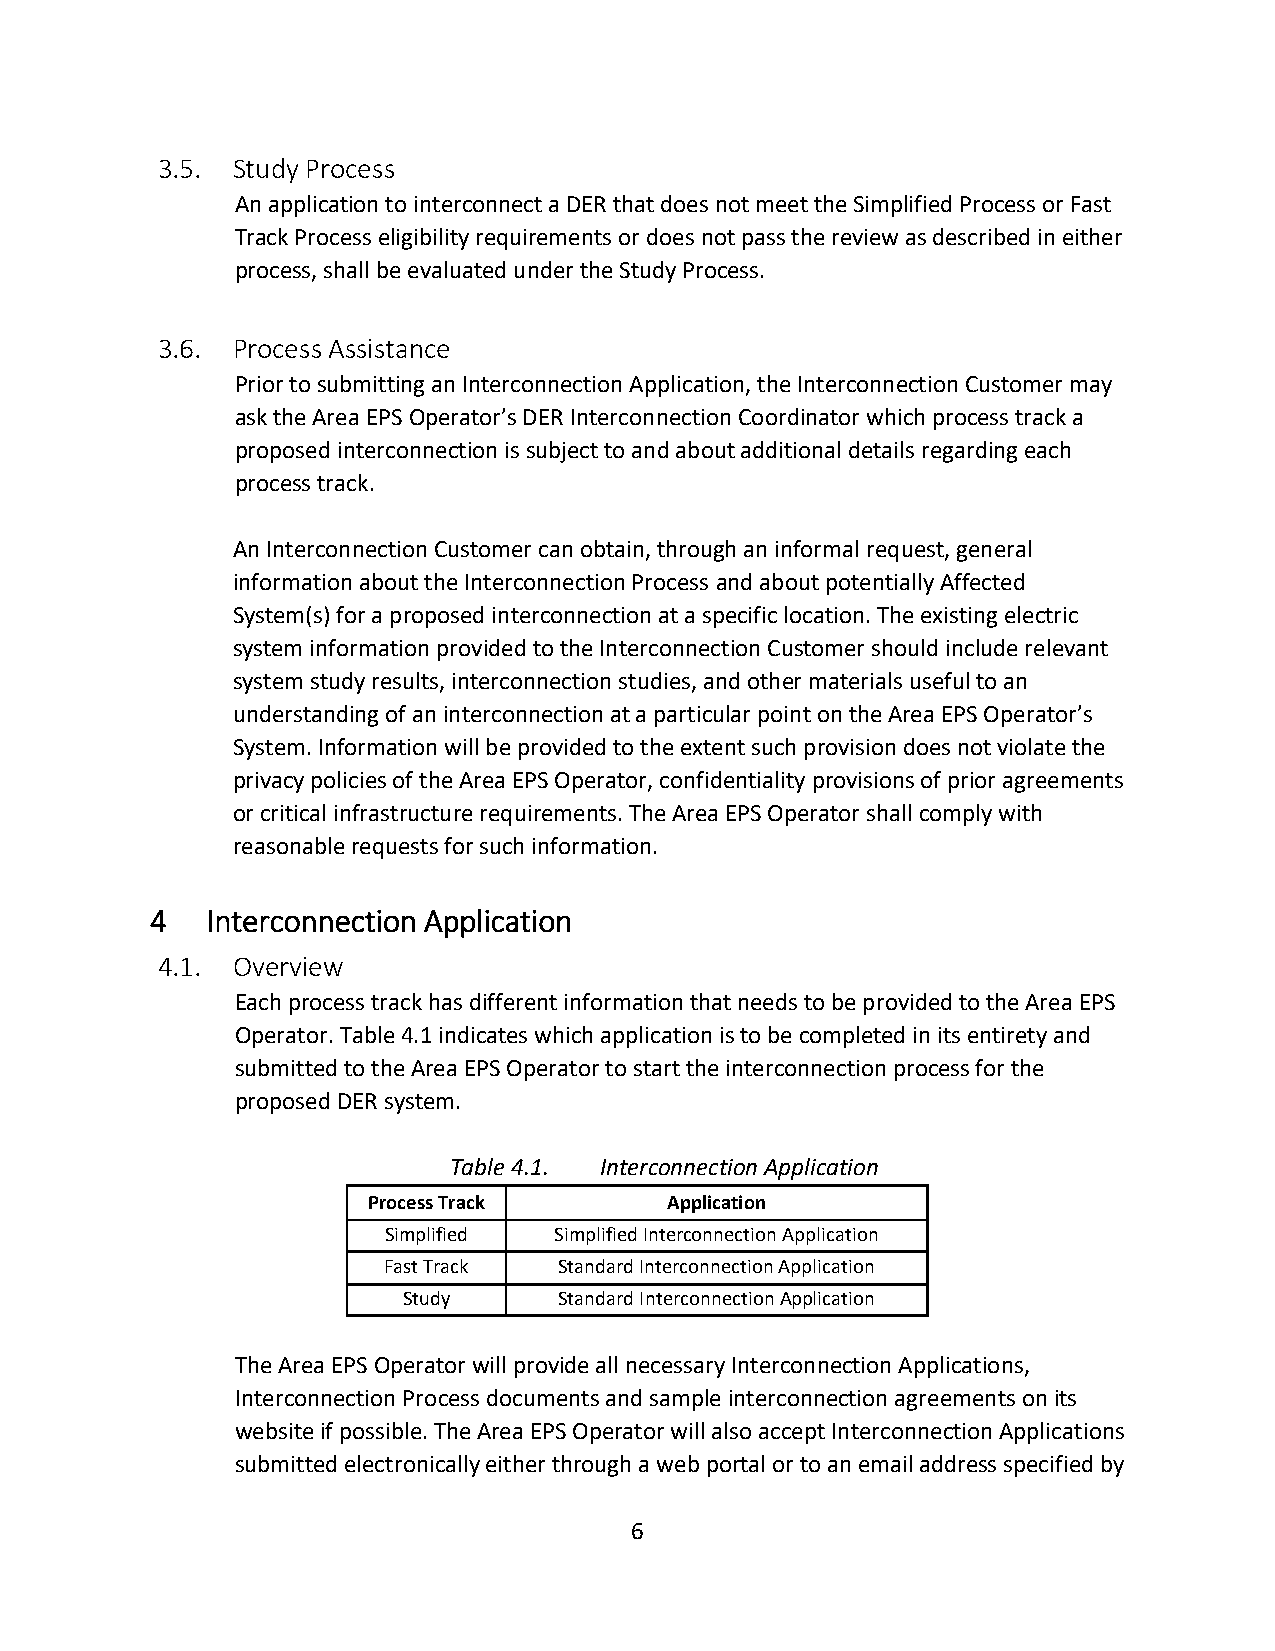
3.5. Study Process
 An application to interconnect a DER that does not meet the Simplified Process or Fast
 Track Process eligibility requirements or does not pass the review as described in either
 process, shall be evaluated under the Study Process.
 3.6. Process Assistance
 Prior to submitting an Interconnection Application, the Interconnection Customer may
 ask the Area EPS Operator’s DER Interconnection Coordinator which process track a
 proposed interconnection is subject to and about additional details regarding each
 process track.
 An Interconnection Customer can obtain, through an informal request, general
 information about the Interconnection Process and about potentially Affected
 System(s) for a proposed interconnection at a specific location. The existing electric
 system information provided to the Interconnection Customer should include relevant
 system study results, interconnection studies, and other materials useful to an
 understanding of an interconnection at a particular point on the Area EPS Operator’s
 System. Information will be provided to the extent such provision does not violate the
 privacy policies of the Area EPS Operator, confidentiality provisions of prior agreements
 or critical infrastructure requirements. The Area EPS Operator shall comply with
 reasonable requests for such information.
 4   Interconnection Application
 4.1. Overview
 Each process track has different information that needs to be provided to the Area EPS
 Operator. Table 4.1 indicates which application is to be completed in its entirety and
 submitted to the Area EPS Operator to start the interconnection process for the
 proposed DER system.
 Table 4.1. Interconnection Application
 Process Track       Application
 Simplified  Simplified Interconnection Application
 Fast Track  Standard Interconnection Application
 Study     Standard Interconnection Application
 The Area EPS Operator will provide all necessary Interconnection Applications,
 Interconnection Process documents and sample interconnection agreements on its
 website if possible. The Area EPS Operator will also accept Interconnection Applications
 submitted electronically either through a web portal or to an email address specified by
 6